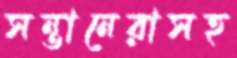
সন্তানেরাসহ